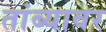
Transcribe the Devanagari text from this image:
तांब्यावर